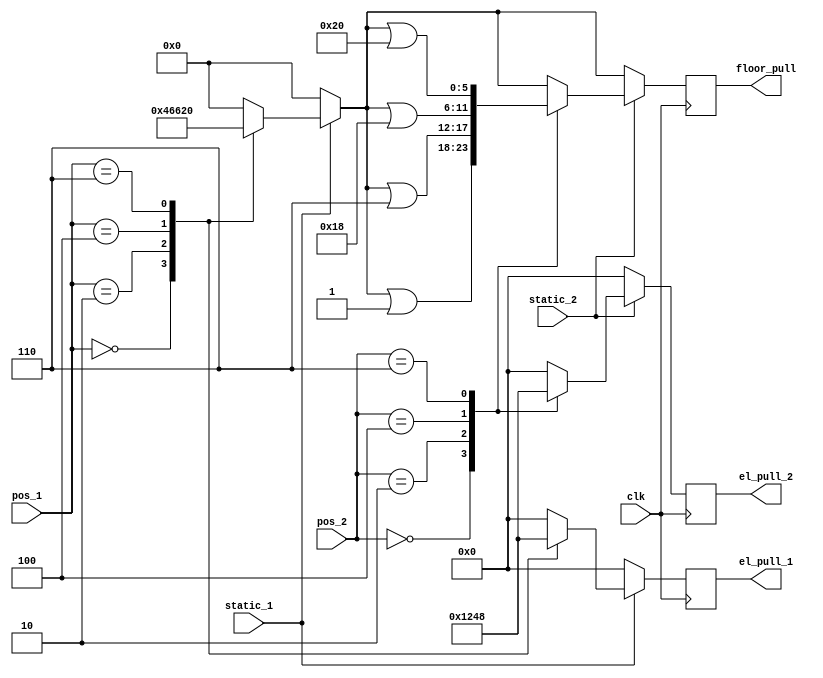
`timescale 1ns / 1ps

module button_puller(
    input clk,
    input [2:0] pos_1,
    input [2:0] pos_2,
    input static_1,
    input static_2,
    output reg [5:0] floor_pull,
    output reg [3:0] el_pull_1,
    output reg [3:0] el_pull_2
    );
    
    always @ (posedge clk)
    begin
        floor_pull = 0;
        el_pull_1 = 0;
        el_pull_2 = 0;
        if (static_1)
        begin
            case (pos_1)
                0:
                begin
                el_pull_1 = 4'b0001;
                floor_pull = floor_pull | 6'b000001;
                end
                2:
                begin
                el_pull_1 = 4'b0010;
                floor_pull = floor_pull | 6'b000110;
                end
                4:
                begin
                el_pull_1 = 4'b0100;
                floor_pull = floor_pull | 6'b011000;
                end
                6:
                begin
                el_pull_1 = 4'b1000;
                floor_pull = floor_pull | 6'b100000;
                end
            endcase
        end
        
        if (static_2)
        begin
            case (pos_2)
                0:
                begin
                el_pull_2 = 4'b0001;
                floor_pull = floor_pull | 6'b000001;
                end
                2:
                begin
                el_pull_2 = 4'b0010;
                floor_pull = floor_pull | 6'b000110;
                end
                4:
                begin
                el_pull_2 = 4'b0100;
                floor_pull = floor_pull | 6'b011000;
                end
                6:
                begin
                el_pull_2 = 4'b1000;
                floor_pull = floor_pull | 6'b100000;
                end
            endcase
        end
   end
endmodule